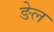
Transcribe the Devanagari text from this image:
ङेल